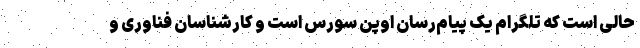
حالی است که تلگرام یک پیام‌رسان اوپن سورس است و کارشناسان فناوری و